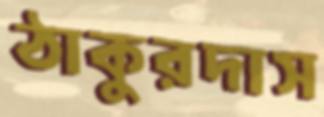
ঠাকুরদাস